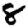
Digit: 8